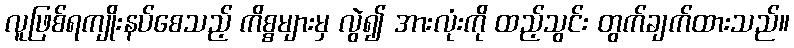
လူဖြစ်ရကျိုးနပ်စေသည့် ကိစ္စများမှ လွဲ၍ အားလုံးကို ထည့်သွင်း တွက်ချက်ထားသည်။